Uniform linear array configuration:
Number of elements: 12
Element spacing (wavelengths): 0.25
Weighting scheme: kaiser
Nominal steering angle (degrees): -45
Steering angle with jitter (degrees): -45.621
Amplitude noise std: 0.05
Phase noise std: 0.05

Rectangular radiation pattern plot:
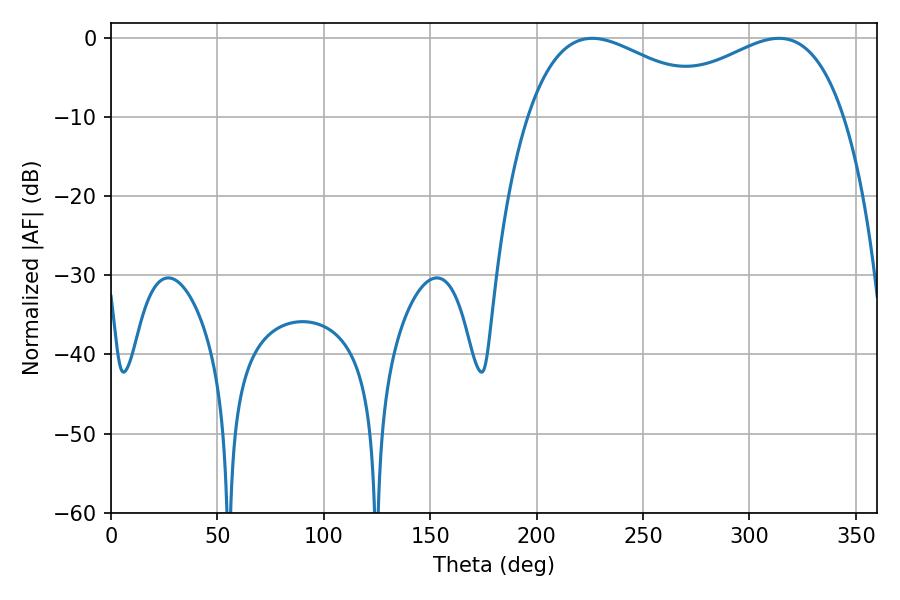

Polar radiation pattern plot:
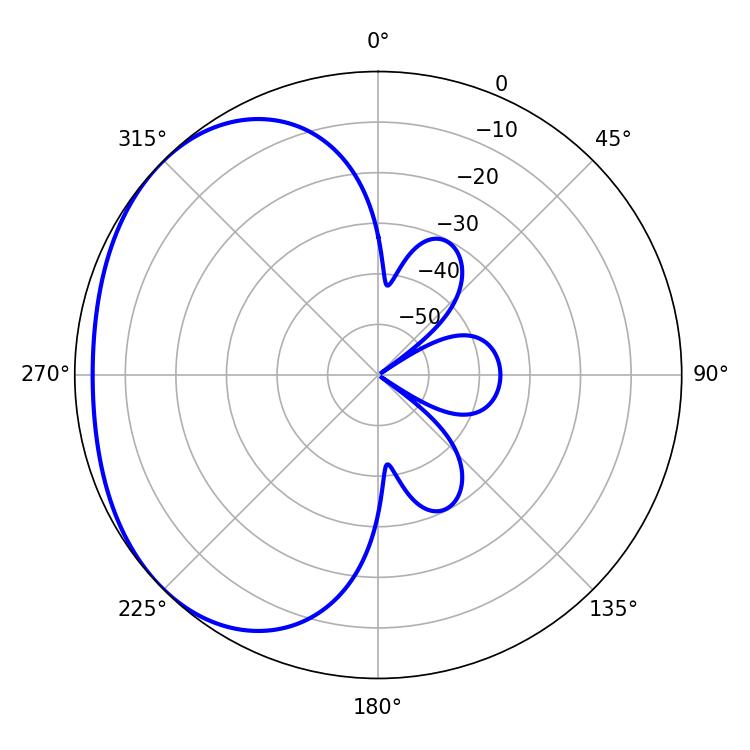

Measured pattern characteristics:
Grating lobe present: FALSE
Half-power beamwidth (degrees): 50.22
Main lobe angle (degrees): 226.08